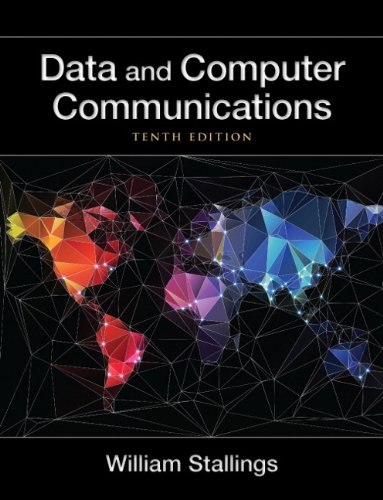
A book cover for Data and Computer Communications (10th Edition) (William Stallings Books on Computer and Data Communications); William Stallings; Engineering & Transportation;